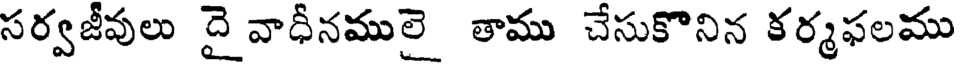
సర్వజీవులు దై వాధీనములై తాము చేసుకొనిన కర్మఫలము